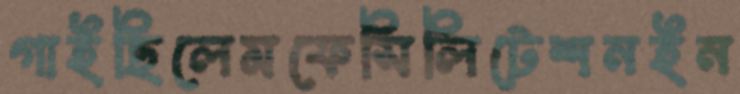
গাইছিলেমফেসিলিটেশনইন